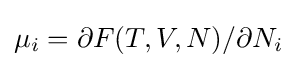
\mu _{i}=\partial F(T,V,N)/\partial N_{i}